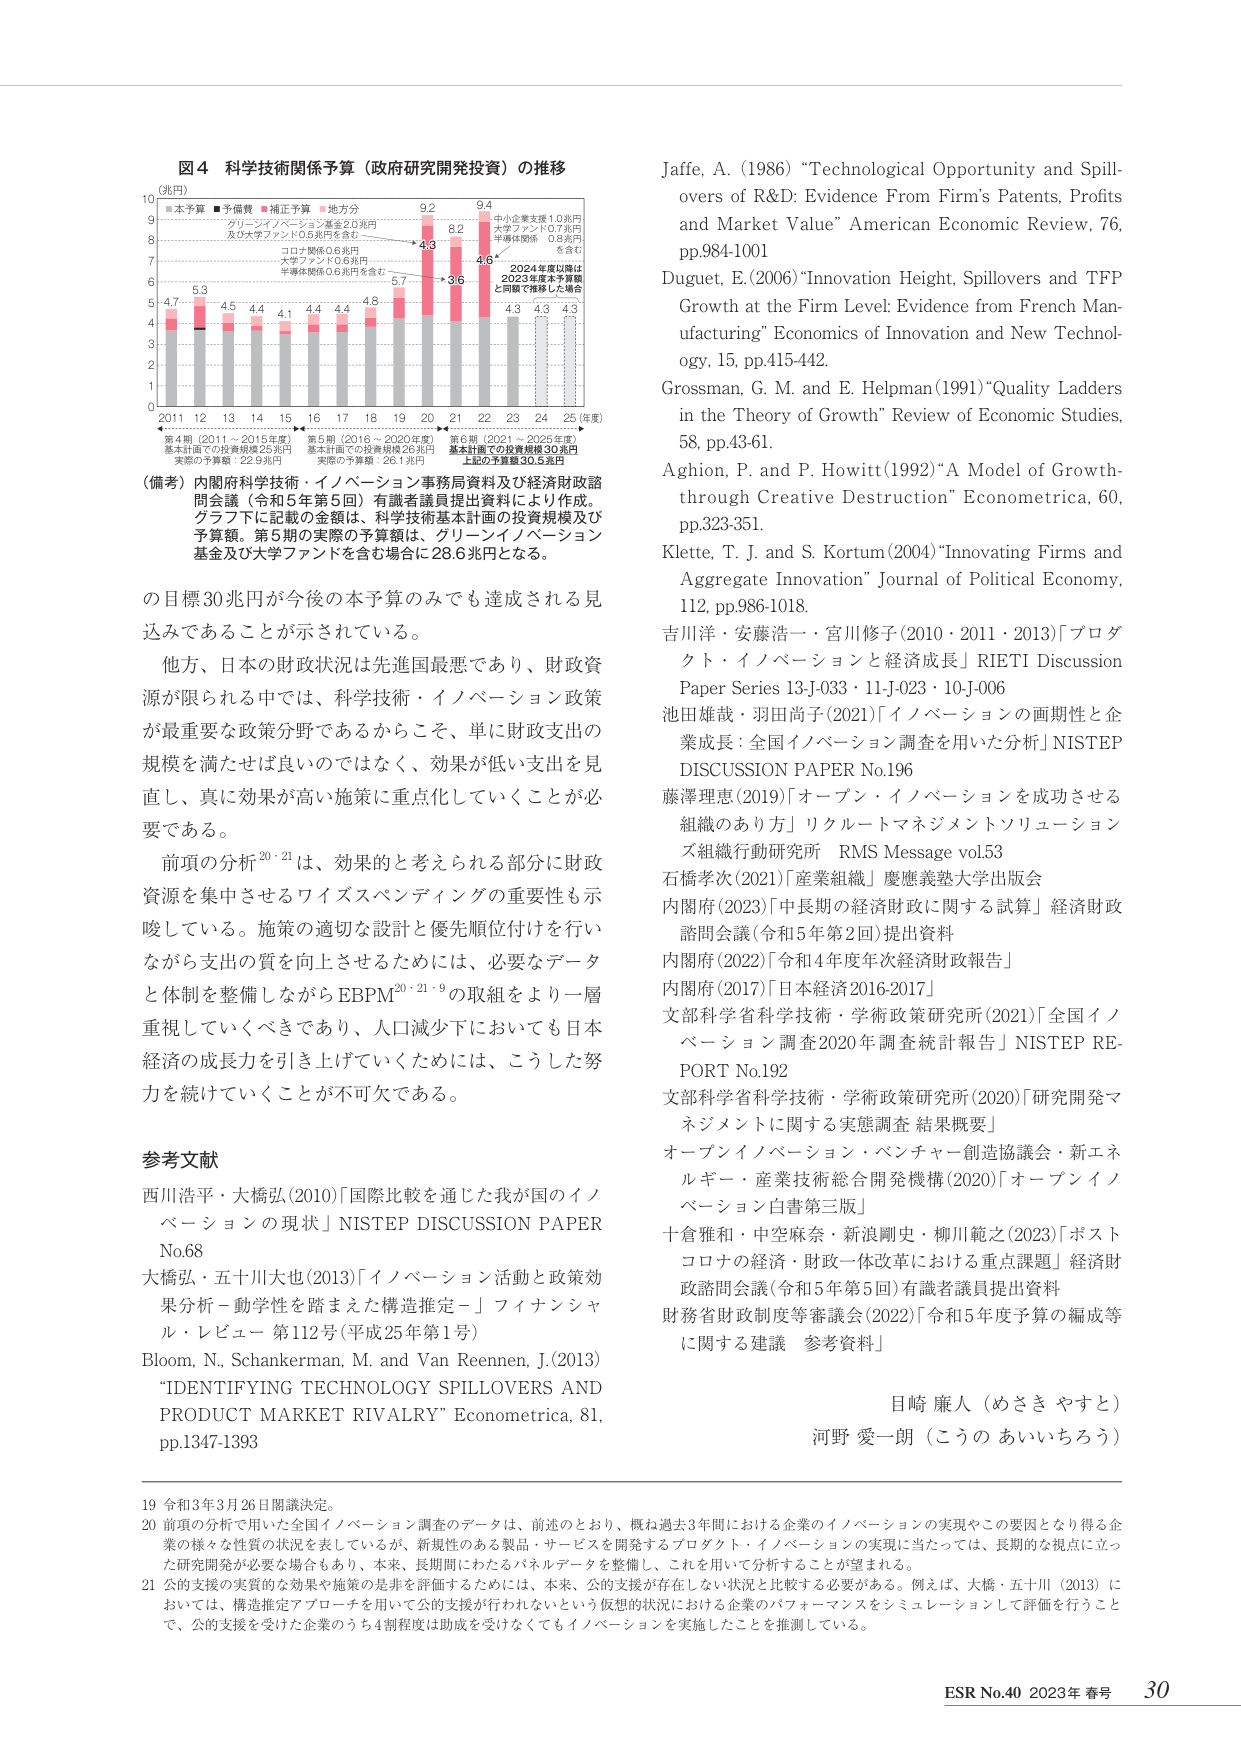
図4 科学技術関係予算（政府研究開発投資）の推移
（兆円）
■本予算 ■予備費 ■補正予算 ■地方分
グリーンイノベーション基金2.0兆円
及び大学ファンド0.5兆円を含む
コロナ関係0.6兆円
大学ファンド0.6兆円
半導体関係0.6兆円を含む
4.7 5.3 4.5 4.4 4.1 4.4 4.4 4.8 5.7 4.3 3.6 4.6 4.3 4.3 4.3
9.2 8.2 9.4
中小企業支援1.0兆円
大学ファンド0.7兆円
半導体関係 0.8兆円
を含む
2023年度本予算額
と同額で推移した場合
2011 12 13 14 15 16 17 18 19 20 21 22 23 24 25（年度）
第4期（2011～2015年度）
基本計画での投資規模25兆円
実際の予算額：22.9兆円
第5期（2016～2020年度）
基本計画での投資規模26兆円
実際の予算額：26.1兆円
第6期（2021～2025年度）
基本計画での投資規模30兆円
上記の予算額30.5兆円
（備考）内閣府科学技術・イノベーション事務局資料及び経済財政諮問会議（令和5年第5回）有識者議員提出資料により作成。
グラフ下に記載の金額は、科学技術基本計画の投資規模及び予算額。第5期の実際の予算額は、グリーンイノベーション基金及び大学ファンドを含む場合に28.6兆円となる。

の目標30兆円が今後の本予算のみでも達成される見込みであることが示されている。
他方、日本の財政状況は先進国最悪であり、財政資源が限られる中では、科学技術・イノベーション政策が最重要な政策分野であるからこそ、単に財政支出の規模を満たせば良いのではなく、効果が低い支出を見直し、真に効果が高い施策に重点化していくことが必要である。
前項の分析20・21は、効果のと考えられる部分に財政資源を集中させるワイススペンディングの重要性も示唆している。施策の適切な設計と優先順位付けを行いながら支出の質を向上させるためには、必要なデータと体制を整備しながらEBPM20・21・9の取組をより一層重視していくべきであり、人口減少下においても日本経済の成長力を引き上げていくためには、こうした努力を続けていくことが不可欠である。

参考文献
西川浩平・大橋弘（2010）「国際比較を通じた我が国のイノベーションの現状」NISTEP DISCUSSION PAPER No.68
大橋弘・五十川大也（2013）「イノベーション活動と政策効果分析－動学性を踏まえた構造推定－」フィナンシャル・レビュー 第112号（平成25年第1号）
Bloom, N., Schankerman, M. and Van Reenen, J. (2013) "IDENTIFYING TECHNOLOGY SPILLOVERS AND PRODUCT MARKET RIVALRY" Econometrica, 81, pp.1347-1393
Jaffe, A. (1986) "Technological Opportunity and Spillovers of R&D: Evidence From Firm's Patents, Profits and Market Value" American Economic Review, 76, pp.984-1001
Duguet, E. (2006) "Innovation Height, Spillovers and TFP Growth at the Firm Level: Evidence from French Manufacturing" Economics of Innovation and New Technology, 15, pp.415-442.
Grossman, G. M. and E. Helpman (1991) "Quality Ladders in the Theory of Growth" Review of Economic Studies, 58, pp.43-61.
Aghion, P. and P. Howitt (1992) "A Model of Growth-through Creative Destruction" Econometrica, 60, pp.323-351.
Klette, T. J. and S. Kortum (2004) "Innovating Firms and Aggregate Innovation" Journal of Political Economy, 112, pp.986-1018.
吉川洋・安藤浩一・宮川修子（2010・2011・2013）「プロダクト・イノベーションと経済成長」RIETI Discussion Paper Series 13-J-033・11-J-023・10-J-006
池田雄哉・羽田尚子（2021）「イノベーションの画期性と企業成長：全国イノベーション調査を用いた分析」NISTEP DISCUSSION PAPER No.196
藤澤理恵（2019）「オープン・イノベーションを成功させる組織のあり方」リクルートマネジメントソリューションズ組織行動研究所 RMS Message vol.53
石橋孝次（2021）「産業組織」慶應義塾大学出版会
内閣府（2023）「中長期の経済財政に関する試算」経済財政諮問会議（令和5年第2回）提出資料
内閣府（2022）「令和4年度次経済財政報告」
内閣府（2017）「日本経済2016-2017」
文部科学省科学技術・学術政策研究所（2021）「全国イノベーション調査2020年調査統計報告」NISTEP REPORT No.192
文部科学省科学技術・学術政策研究所（2020）「研究開発マネジメントに関する実態調査 結果概要」
オープンイノベーション・ベンチャー創造協議会・新エネルギー・産業技術総合開発機構（2020）「オープンイノベーション白書第三版」
十倉雅和・中空麻奈・新浪剛史・柳川範之（2023）「ポストコロナの経済・財政一体改革における重点課題」経済財政諮問会議（令和5年第5回）有識者議員提出資料
財務省財政制度等審議会（2022）「令和5年度予算の編成等に関する建議 参考資料」

目崎 廉人（めさき やすと）
河野 愛一朗（こうの あいいちろう）

19 令和3年3月26日閣議決定。
20 前項の分析で用いた全国イノベーション調査のデータは、前述のとおり、概ね過去3年間における企業のイノベーションの実現やこの要因となり得る企業の様々な性質の状況を表しているが、新規性のある製品・サービスを開発するプロダクト・イノベーションの実現に当たっては、長期的な視点に立った研究開発が必要な場合もあり、本来、長期間にわたるパネルデータを整備し、これを用いて分析することが望まれる。
21 公的支援の実質的な効果や施策の是非を評価するためには、本来、公的支援が存在しない状況と比較する必要がある。例えば、大橋・五十川（2013）においては、構造推定アプローチを用いて公的支援が行われないという仮想的状況における企業のパフォーマンスをシミュレーションして評価を行うことで、公的支援を受けた企業のうち4割程度は助成を受けなくてもイノベーションを実施したことを推測している。

ESR No.40 2023年 春号 30